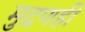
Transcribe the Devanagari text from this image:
मुद्रणही